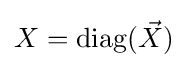
X=\operatorname {diag} ({\vec {X}})